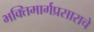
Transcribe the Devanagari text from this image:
भक्तिमार्गप्रसाराचे